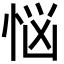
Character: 悩